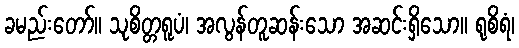
ခမည်းတော်။ သုစိတ္တရူပံ၊ အလွန်တူဆန်းသော အဆင်းရှိသော။ ရုစိရံ၊